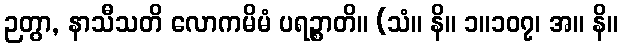
ဉတွာ, နာသီသတိ လောကမိမံ ပရဉ္စာတိ။ (သံ။ နိ။ ၁။၁၀၇၊ အ။ နိ။